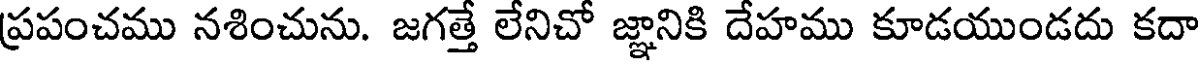
ప్రపంచము నశించును. జగత్తే లేనిచో జ్ఞానికి దేహము కూడయుండదు కదా